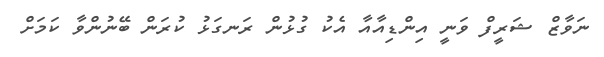
ނަވާޒް ޝަރީފް ވަނީ އިންޑިއާއާ އެކު ގުޅުން ރަނގަޅު ކުރަން ބޭނުންވާ ކަމަށް